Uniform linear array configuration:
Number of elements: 24
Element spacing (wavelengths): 1
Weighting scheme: exponential
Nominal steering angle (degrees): -60
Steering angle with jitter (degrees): -59.493
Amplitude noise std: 0.05
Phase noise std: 0.05

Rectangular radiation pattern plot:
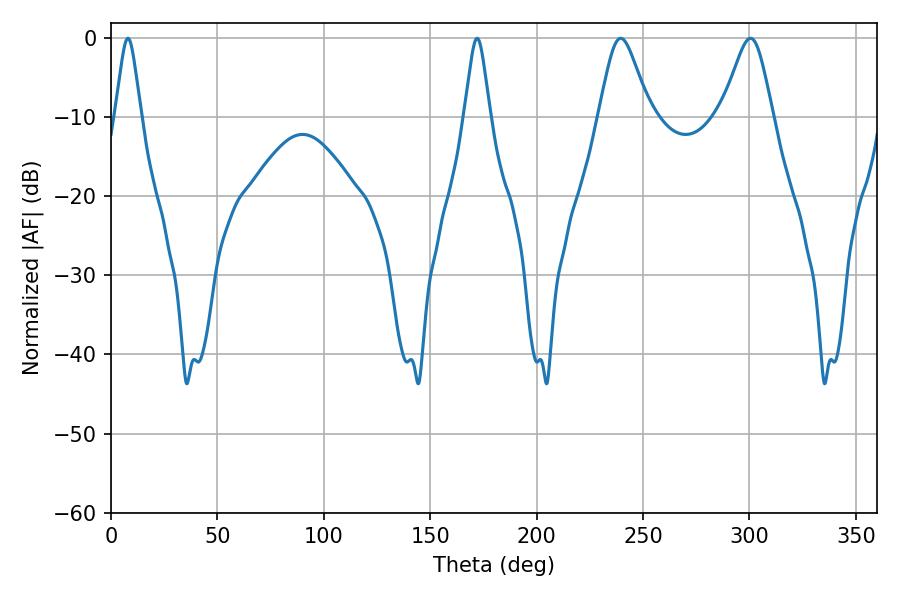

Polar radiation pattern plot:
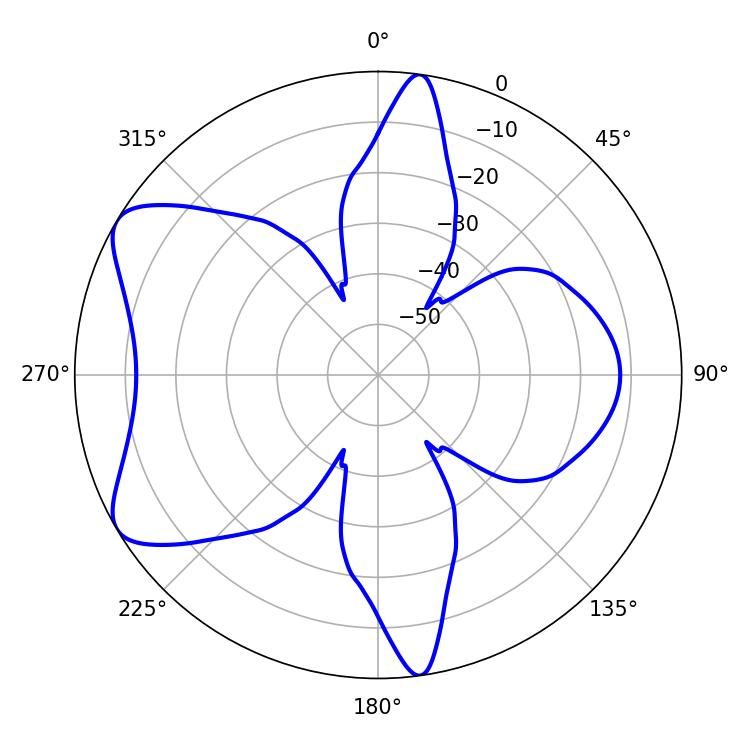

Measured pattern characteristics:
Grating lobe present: TRUE
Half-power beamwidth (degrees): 5.76
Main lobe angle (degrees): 7.92